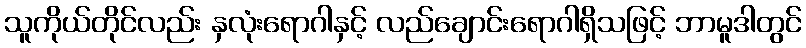
သူကိုယ်တိုင်လည်း နှလုံးရောဂါနှင့် လည်ချောင်းရောဂါရှိသဖြင့် ဘာမူဒါတွင်